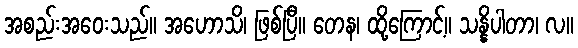
အစည်းအဝေးသည်။ အဟောသိ၊ ဖြစ်ပြီ။ တေန၊ ထို့ကြောင့်။ သန္နိပါတာ၊ လ။